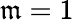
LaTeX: \mathfrak{m}=1